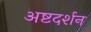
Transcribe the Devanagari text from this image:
अष्टदर्शन